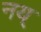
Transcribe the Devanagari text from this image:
नय्